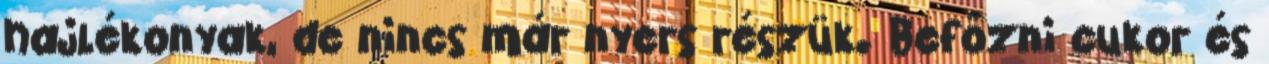
hajlékonyak, de nincs már nyers részük. Befőzni cukor és